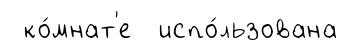
ко́мнат'е испо́льзована